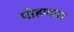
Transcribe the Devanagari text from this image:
पोहणारा